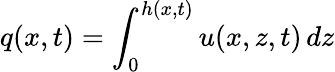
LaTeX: q(x,t)=\int_{0}^{h(x,t)}u(x,z,t)\, dz